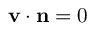
\mathbf { v } \cdot \mathbf { n } = 0